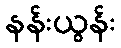
နန်းယွန်း